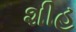
શીહ